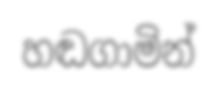
හඬගාමින්